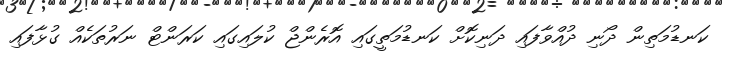
ކަނޑުމަތިން ދޯނި ދުއްވާފައި ދަނިކޮށް ކަނޑުމަތީގައި އޮރެންޖް ކުލައިގައި ކަރަންޓް ނަރުތަކެއް ގުޅާފައި